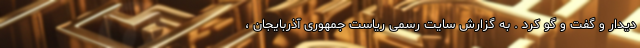
دیدار و گفت و گو کرد . به گزارش سایت رسمی ریاست جمهوری آذربایجان ،